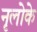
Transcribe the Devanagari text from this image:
नृलोके